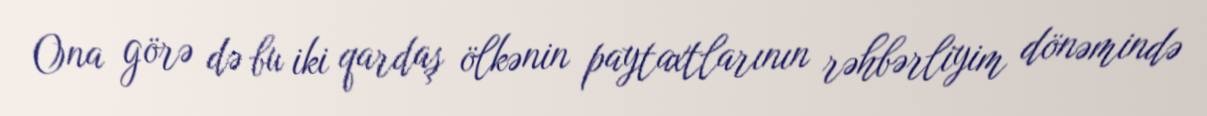
Ona görə də bu iki qardaş ölkənin paytaxtlarının rəhbərliyim dönəmində